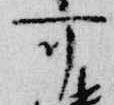
可